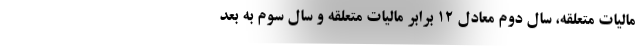
مالیات متعلقه، سال دوم معادل ۱۲ برابر مالیات متعلقه و سال سوم به بعد